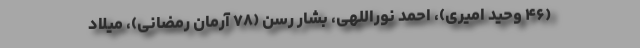
(۴۶ وحید امیری)، احمد نوراللهی، بشار رسن (٧٨ آرمان رمضانی)، میلاد